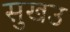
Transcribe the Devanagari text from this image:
सुखउ